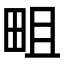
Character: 𤱌